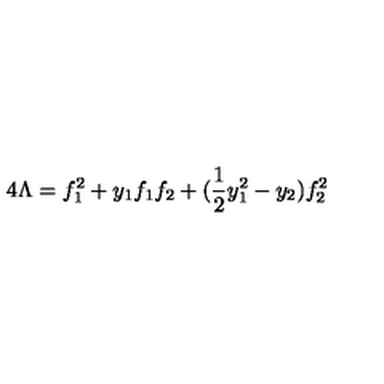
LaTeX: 4 \Lambda = f _ { 1 } ^ { 2 } + y _ { 1 } f _ { 1 } f _ { 2 } + ( \frac { 1 } { 2 } y _ { 1 } ^ { 2 } - y _ { 2 } ) f _ { 2 } ^ { 2 }